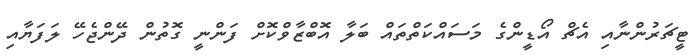
ޓީޗަރުންނާއި އެޗް އޯޑީންގެ މަސައްކަތްތައް ބަލާ އޮބްޒާވްކޮށް ފަންނީ ގޮތުން ދޭންޖެހޭ ލަފަޔާއި